Insane asylums in Bengal annual reports 1867-1875 - 1867-1875
Year: 1867
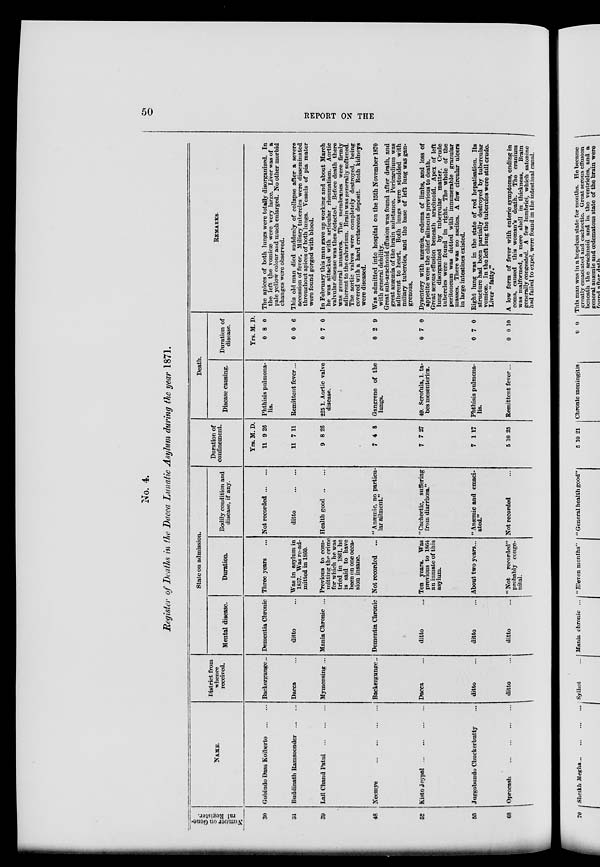
50
REPORT ON THE
No. 4.
Register of Deaths in the Dacca Lunatic Asylum during the year 1871.
Number on Gene-
ral Register.
30
31
39
48
52
53
68
NAME.
Gobindo Dass Koiberto
... ...
Buddinath Ramsoonder
... ...
Lall Chand Patni
... ... ...
Neemye
... ... ... ...
Kisto Joypal ... ... ... ...
Juggobundo Chuckerbutty ...
Oprocash
...
...
...
...
District from
whence
received.
Backergunge..
Dacca ...
Mymensing ...
Backergunge..
Dacca ...
ditto ...
ditto...
State on admission.
Mental disease.
Dementia Chronic
ditto ...
Mania Chronic ...
Dementia Chronic
ditto ...
ditto ...
ditto ...
Duration.
Three years ...
Was in asylum in
1857. Was re-ad-
mitted in 1860.
Previous to com-
mitting the crime
for which he was
tried in 1861, he
is said to have
been on one occa-
sion insane.
Not recorded ...
Ten years. Was
previous to 1864
an inmate of this
asylum.
About two years...
" Not recorded"
probably conge-
nital.
Bodily condition and
disease, if any.
Not recorded ... ...
ditto
... ...
Health good ... ...
"Anæmic, no particu-
lar ailment."
"Cachectic, suffering
from diarrhœa."
" Anæmic and emaci-
ated."
Not recorded ...
Duration of
confinement.
Yrs.
11
11
9
7
7
7
5
M.
9
7
8
4
7
1
10
D.
26
11
26
8
27
17
25
Death.
Disease causing.
Phthisis pulmona-
lis.
Remittent fever...
225 1. Aortic valve
disease.
Gangrene of the
lungs.
49. Scrofula, 1. ta-
bes mesenterica.
Phthisis pulmona-
lis.
Remittent fever ...
Duration of
disease.
Yrs.
0
0
0
0
0
0
0
M.
8
0
7
2
7
7
0
D.
0
6
0
9
0
0
10
REMARKS.
The apices of both lungs were totally disorganized. In
the left the vomicæ were very large. Liver was of a
pale yellow colour and much enlarged. No other morbid
changes were observed.
This old man died suddenly of collapse after a severe
accession of fever. Miliary tubercles were disseminated
throughout apices of both lungs. Vessels of pia mater
were found gorged with blood.
In February this man gave up working and about March
he was attacked with articular rheumatism. Aortic
valvular disease was then detected. Before death there
was general anasarca. The membranes were firmly
adherent to the calvarium. Brain was generally softened.
The aortic valves were completely destroyed, being
covered with a hard cretaceous deposit. Both kidneys
were diseased.
Was admitted into hospital on the 15th November 1870
with general debility.
Great sub-arachnoid effusion was found after death, and
great anæmia of the brain substance. Pericardium was
adherent to heart. Both lungs were studded with
miliary tubercles, and the base of left lung was gan-
grenous.
Dysentery with anæmia, œdema of limbs, and loss of
appetite were the chief ailments previous to death.
Great serous effusion beneath arachnoid. Apex of left
lung disorganized by tubercular matter. Crude
tubercles were found in right. The whole of the
peritoneum was dotted with innumerable granular
masses. There was no ascites. A few circular ulcers
in large intestines existed.
Right lung was in the state of red hepatisation. Its
structure had been partially destroyed by tubercular
vomicæ. In the left lung the tubercles were still crude
Liver "fatty."
A low form of fever with enteric symptoms, ending in
coma, caused this woman's death. The cranium
was malformed, a mere shell in thickness. Brain
generally congested. A few lumbrici, which satonine
had failed to expel, were found in the intestinal canal.